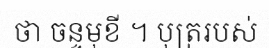
ថា ចន្ទមុខី ។ បុត្ររបស់